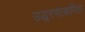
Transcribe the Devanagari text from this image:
उद्धरणाकरिता